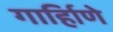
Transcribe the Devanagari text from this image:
गार्हािणे